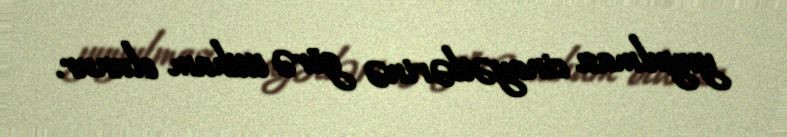
yuyulması cinayətlərinə görə ittiham olunur.